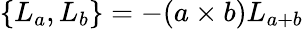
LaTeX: \{ L_{a},L_{b}\} =-(a\times b)L_{a+b}